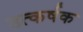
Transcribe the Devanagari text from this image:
उत्कर्षक